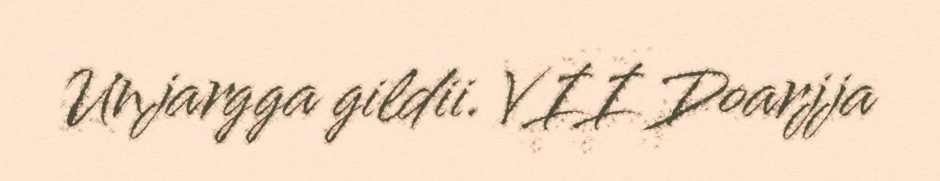
Unjargga gildii. VII Doarjja